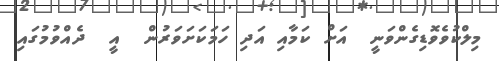
މިލްކުވެވޮޑިގެންވަނީ  އަށް ކަމާއި އަދި ހަމަކަށަވަރުން  އީ  ދެއްވުމުގައި